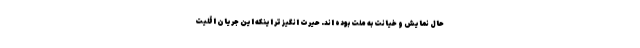
حال نمایش و خیانت به ملت بوده اند. حیرت انگیز تر اینکه این جریان اقلیت